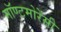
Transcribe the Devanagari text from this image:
मॉण्टमोरेंसी